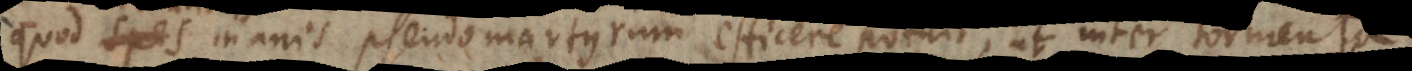
quod credulitas inanis pseudomartyrum efficere potuit, ut inter tormenta